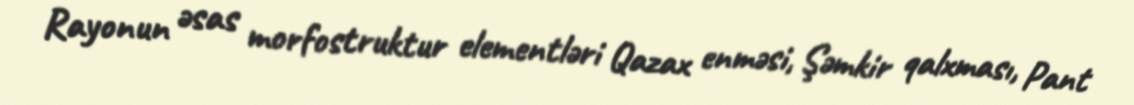
Rayonun əsas morfostruktur elementləri Qazax enməsi, Şəmkir qalxması, Pant